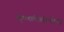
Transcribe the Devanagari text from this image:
कृष्णलीलोपदेश